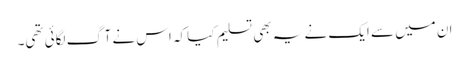
ان میں سے ایک نے یہ بھی تسلیم کیا کہ اس نے آگ لگائی تھی۔